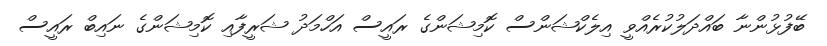
ބޭފުޅުންނާ ބައްދަލުކުރެއްވީ އިލެކްޝަންސް ކޮމިޝަންގެ ރައީސް އަހްމަދު ޝަރީފާއި ކޮމިޝަންގެ ނައިބް ރައީސް